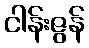
ငါန်းဇွန်